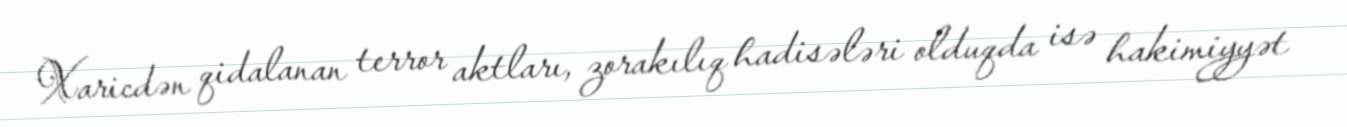
Xaricdən qidalanan terror aktları, zorakılıq hadisələri olduqda isə hakimiyyət